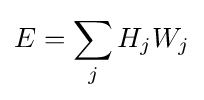
E=\sum _{j}H_{j}W_{j}\,\!